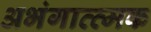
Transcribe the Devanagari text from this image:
अभंगात्त्मक